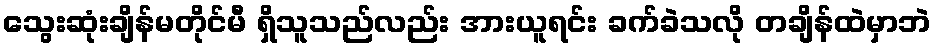
သွေးဆုံးချိန်မတိုင်မီ ရှိသူသည်လည်း အားယူရင်း ခက်ခဲသလို တချိန်ထဲမှာဘဲ